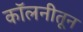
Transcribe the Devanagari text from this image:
कॉलनीतून